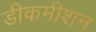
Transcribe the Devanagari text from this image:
डीकमीशन